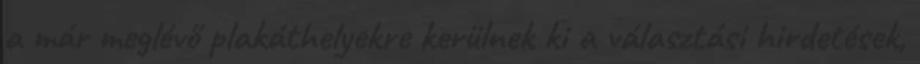
a már meglévő plakáthelyekre kerülnek ki a választási hirdetések,